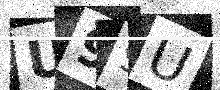
Text: U99U